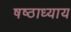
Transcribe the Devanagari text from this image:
षष्ठाध्याय